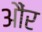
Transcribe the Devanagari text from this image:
औंर